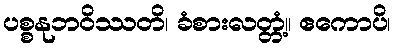
ပစ္စနုဘဝိဿတိ၊ ခံစားလတ္တံ့။ ဧကောပိ၊